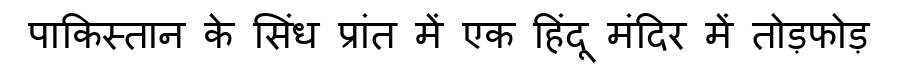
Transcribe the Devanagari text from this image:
पाकिस्तान के सिंध प्रांत में एक हिंदू मंदिर में तोड़फोड़